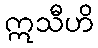
ဣသီဟိ